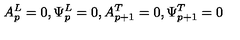
A _ { p } ^ { L } = 0 , \Psi _ { p } ^ { L } = 0 , A _ { p + 1 } ^ { T } = 0 , \Psi _ { p + 1 } ^ { T } = 0